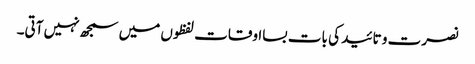
نصرت و تائید کی بات بسااوقات لفظوں میں سمجھ نہیں آتی۔